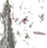
أصلحها